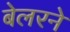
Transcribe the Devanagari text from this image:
बेलरने